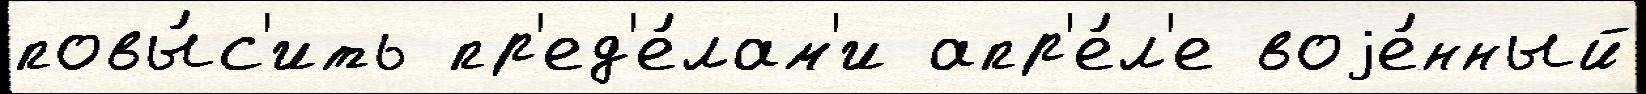
повы́с'ить пр'ед'е́лам'и апр'е́л'е воjе́нный